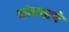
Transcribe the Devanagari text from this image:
कोळयाचे